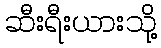
ဆီးရီးယားသို့